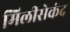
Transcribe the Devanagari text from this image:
मिलीसेकंद